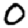
Digit: 0